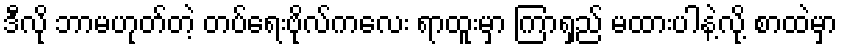
ဒီလို ဘာမဟုတ်တဲ့ တပ်ရေးဗိုလ်ကလေး ရာထူးမှာ ကြာရှည် မထားပါနဲ့လို့ စာထဲမှာ